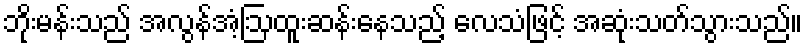
ဘိုးမန်းသည် အလွန်အံ့ဩထူးဆန်းနေသည့် လေသံဖြင့် အဆုံးသတ်သွားသည်။